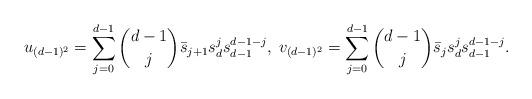
LaTeX: \begin{align*}u_{(d-1)^2}=\sum_{j=0}^{d-1} {d-1\choose j}\bar s_{j+1}s_{d}^j s_{d-1}^{d-1-j},\;v_{(d-1)^2}= \sum_{j=0}^{d-1} {d-1\choose j}\bar s_{j}s_{d}^j s_{d-1}^{d-1-j}.\end{align*}